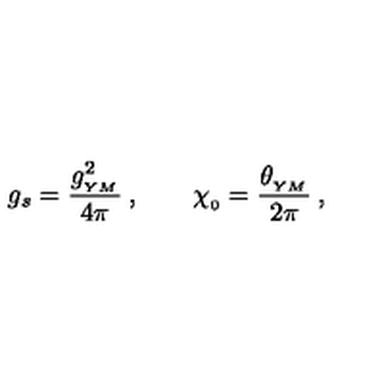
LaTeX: g _ { s } = { \frac { g _ { _ { Y M } } ^ { 2 } } { 4 \pi } } \: , \qquad \chi _ { _ { 0 } } = { \frac { \theta _ { _ { Y M } } } { 2 \pi } } \: ,